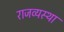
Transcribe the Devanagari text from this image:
राजव्यस्था